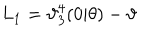
L _ { 1 } = \mathcal { \vartheta } _ { 3 } ^ { 4 } ( 0 | \theta ) - \mathcal { \vartheta }